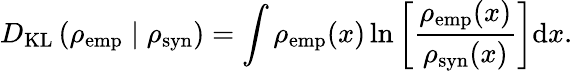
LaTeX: D_{\mathrm{KL}}\left(\rho_{\mathrm{emp}}\mid\rho_{\mathrm{syn}}\right)=\int\rho_{\mathrm{emp}}(x)\ln\left[\frac{\rho_{\mathrm{emp}}(x)}{\rho_{\mathrm{syn}}(x)}\right]\mathrm{d}x.